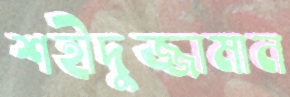
শহীদুজ্জামান